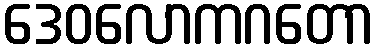
ဒေဝလောကဂတော